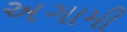
અગામી